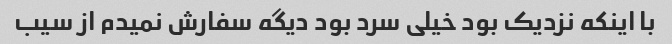
با اینکه نزدیک بود خیلی سرد بود دیگه سفارش نمیدم از سیب